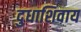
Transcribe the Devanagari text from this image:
दुधाशिवाय